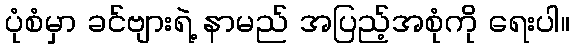
ပုံစံမှာ ခင်ဗျားရဲ့ နာမည် အပြည့်အစုံကို ရေးပါ။